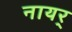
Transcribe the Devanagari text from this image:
नायर्